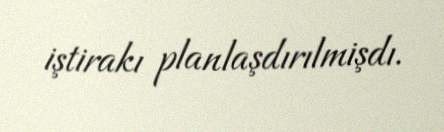
iştirakı planlaşdırılmişdı.